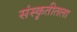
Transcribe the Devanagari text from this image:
संस्कृतीतला